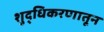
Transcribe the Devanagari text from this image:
शुद्धिकरणातून